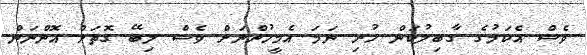
ވެސް އެކަމުގެ ގާބިލުކަން ހުރި ނަމަ އެމީހުންނަށް ވެސް ލިބޭ ގޮތަށް އޮންނަން